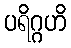
ပရိဂ္ဂဟိ